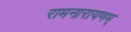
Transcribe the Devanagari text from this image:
रामनारायणम्